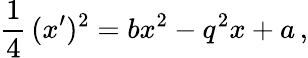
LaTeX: \frac{1}{4}\, (x^{\prime})^{2}=bx^{2}-q^{2}x+a\, ,